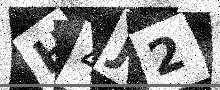
Text: H4J2